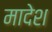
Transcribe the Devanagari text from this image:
मादेश